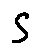
s